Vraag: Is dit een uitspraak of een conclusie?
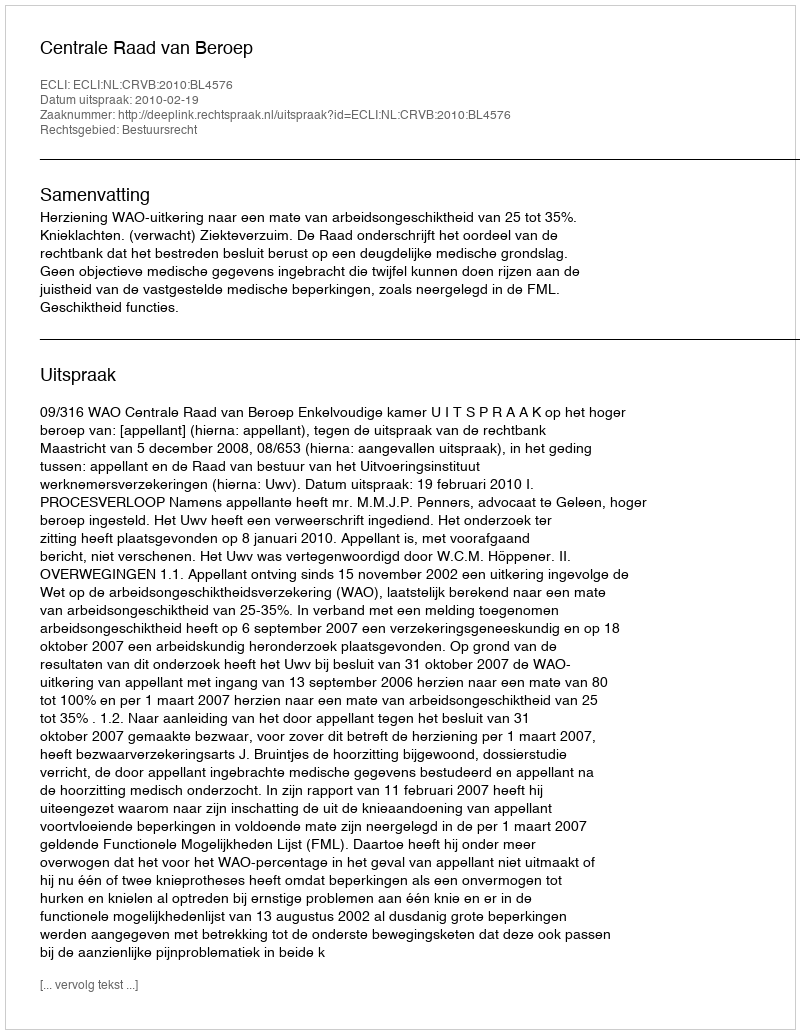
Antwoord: Uitspraak